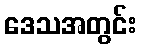
ဒေသအတွင်း